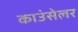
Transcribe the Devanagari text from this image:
काउंसेलर